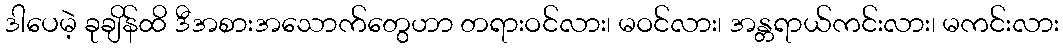
ဒါပေမဲ့ ခုချိန်ထိ ဒီအစားအသောက်တွေဟာ တရားဝင်လား၊ မဝင်လား၊ အန္တရာယ်ကင်းလား၊ မကင်းလား